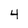
Character: 4